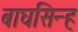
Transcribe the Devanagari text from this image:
बाघसिन्ह